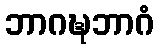
ဘာဂဍ္ဎဘာဂံ